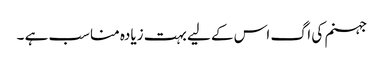
جہنم کی اگ اس کے لیے بہت زیادہ مناسب ہے ۔